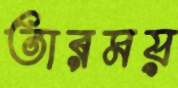
তারময়